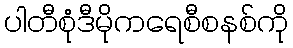
ပါတီစုံဒီမိုကရေစီစနစ်ကို